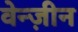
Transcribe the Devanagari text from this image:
वेन्ज़ीन